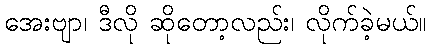
အေးဗျာ၊ ဒီလို ဆိုတော့လည်း၊ လိုက်ခဲ့မယ်။